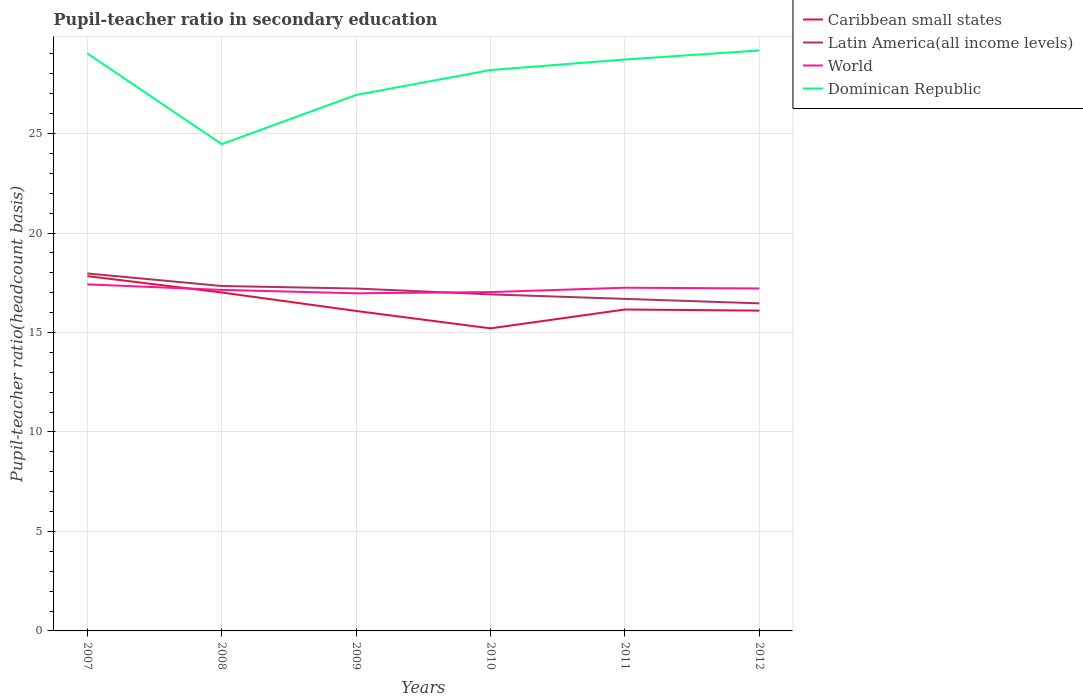
| Years | Caribbean small states | Latin America(all income levels) | World | Dominican Republic |
 | --- | --- | --- | --- | --- |
 | 2007 | 17.8 | 18 | 17.4 | 29 |
 | 2008 | 17 | 17.3 | 17.1 | 24.5 |
 | 2009 | 16.1 | 17.2 | 17 | 26.9 |
 | 2010 | 15.2 | 16.9 | 17 | 28.2 |
 | 2011 | 16.2 | 16.7 | 17.3 | 28.7 |
 | 2012 | 16.1 | 16.5 | 17.2 | 29.2 |